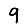
Digit: 9